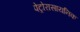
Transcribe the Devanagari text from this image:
पेट्रोरासायनिक